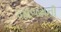
જાજમની